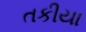
તકીયા